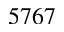
5 7 6 7